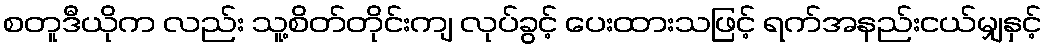
စတူဒီယိုက လည်း သူ့စိတ်တိုင်းကျ လုပ်ခွင့် ပေးထားသဖြင့် ရက်အနည်းငယ်မျှနှင့်